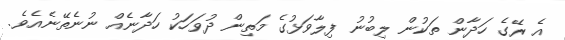
އެ ރޭގެ ހަދާން ތަކުން ލިބުނު ފިލާވަޅުގެ މަތިން ދުވަހަކު ހަދާނެއް ނުނެތޭނެއެވެ.